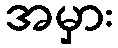
အမှား